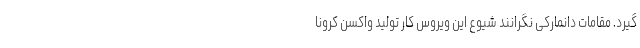
‌گیرد. مقامات دانمارکی نگرانند شیوع این ویروس کار تولید واکسن کرونا